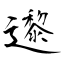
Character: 邌